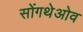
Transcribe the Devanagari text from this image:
सोंगथेओव